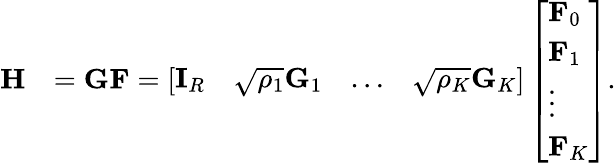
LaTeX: \begin{array}{rl}{\mathbf{H}}&{=\mathbf{G}\mathbf{F}=\left[\begin{array}{llll}{\mathbf{I}_{R}}&{\sqrt{\rho_{1}}\mathbf{G}_{1}}&{\ldots}&{\sqrt{\rho_{K}}\mathbf{G}_{K}}\end{array}\right]\left[\begin{array}{l}{\mathbf{F}_{0}}\\ {\mathbf{F}_{1}}\\ {\vdots}\\ {\mathbf{F}_{K}}\end{array}\right].}\end{array}